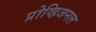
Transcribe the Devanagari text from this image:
प्रोव्हिजनल